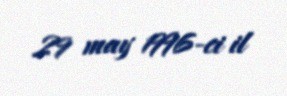
29 may 1996-ci il